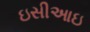
ઇસીઆઇ